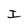
Character: I